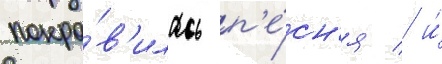
понра́в'илась п'е́сн'я / и́